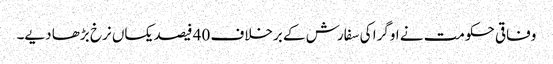
وفاقی حکومت نے اوگرا کی سفارش کے برخلاف 40 فیصد یکساں نرخ بڑھا دیے۔